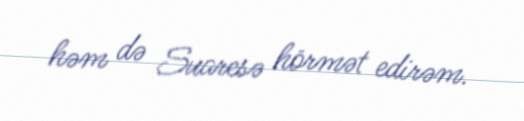
həm də Suaresə hörmət edirəm.